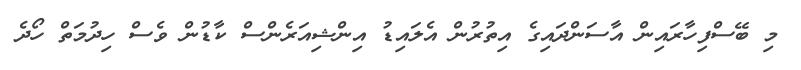
މި ބޭސްފިހާރައިން އާސަންދައިގެ އިތުރުން އެލައިޑު އިންޝިއަރެންސް ކާޑުން ވެސް ހިދުމަތް ހޯދެ